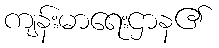
ကျန်းမာရေးဌာန၏